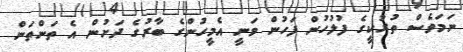
ނަމަވެސް ތުރުކީގެ ފުލުހުން ފަހުން ވަނީ އެމީހުންގެ ބާރުގެ ދަށުން އެ ތަންތަން